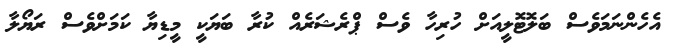
އެހެންނަމަވެސް ބަލޮޓޮލީއަށް ހުރިހާ ވެސް ޕްރެޝަރެއް ކުރާ ބަޔަކީ މީޑިޔާ ކަމަށްވެސް ރަޔޯލާ